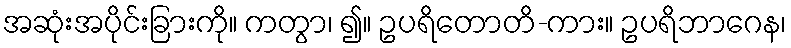
အဆုံးအပိုင်းခြားကို။ ကတွာ၊ ၍။ ဥပရိတောတိ-ကား။ ဥပရိဘာဂေန၊